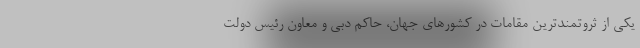
یکی از ثروتمندترین مقامات در کشورهای جهان، حاکم دبی و معاون رئیس دولت